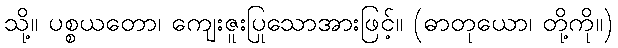
သို့။ ပစ္စယတော၊ ကျေးဇူးပြုသောအားဖြင့်။ (ဓာတုယော၊ တို့ကို။)